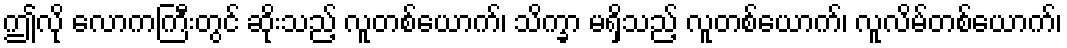
ဤလို လောကကြီးတွင် ဆိုးသည့် လူတစ်ယောက်၊ သိက္ခာ မရှိသည့် လူတစ်ယောက်၊ လူလိမ်တစ်ယောက်၊